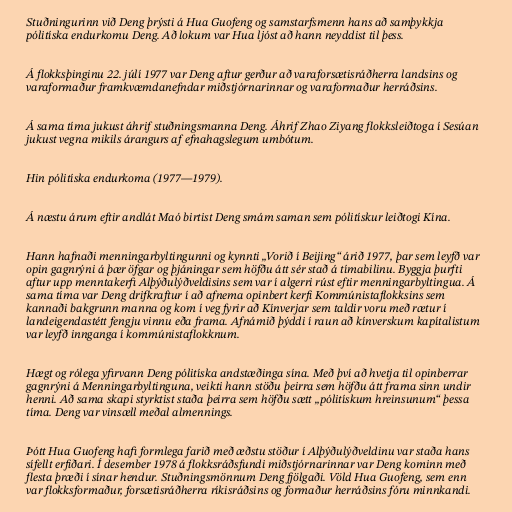
Stuðningurinn við Deng þrýsti á Hua Guofeng og samstarfsmenn hans að samþykkja
pólitíska endurkomu Deng. Að lokum var Hua ljóst að hann neyddist til þess.

Á flokksþinginu 22. júlí 1977 var Deng aftur gerður að varaforsætisráðherra landsins og
varaformaður framkvæmdanefndar miðstjórnarinnar og varaformaður herráðsins.

Á sama tíma jukust áhrif stuðningsmanna Deng. Áhrif Zhao Ziyang flokksleiðtoga í Sesúan
jukust vegna mikils árangurs af efnahagslegum umbótum.

Hin pólitíska endurkoma (1977―1979).

Á næstu árum eftir andlát Maó birtist Deng smám saman sem pólitískur leiðtogi Kína.

Hann hafnaði menningarbyltingunni og kynnti „Vorið í Beijing“ árið 1977, þar sem leyfð var
opin gagnrýni á þær öfgar og þjáningar sem höfðu átt sér stað á tímabilinu. Byggja þurfti
aftur upp menntakerfi Alþýðulýðveldisins sem var í algerri rúst eftir menningarbyltingua. Á
sama tíma var Deng drifkraftur í að afnema opinbert kerfi Kommúnistaflokksins sem
kannaði bakgrunn manna og kom í veg fyrir að Kínverjar sem taldir voru með rætur í
landeigendastétt fengju vinnu eða frama. Afnámið þýddi í raun að kínverskum kapítalistum
var leyfð innganga í kommúnistaflokknum.

Hægt og rólega yfirvann Deng pólitíska andstæðinga sína. Með því að hvetja til opinberrar
gagnrýni á Menningarbyltinguna, veikti hann stöðu þeirra sem höfðu átt frama sinn undir
henni. Að sama skapi styrktist staða þeirra sem höfðu sætt „pólitískum hreinsunum“ þessa
tíma. Deng var vinsæll meðal almennings.

Þótt Hua Guofeng hafi formlega farið með æðstu stöður í Alþýðulýðveldinu var staða hans
sífellt erfiðari. Í desember 1978 á flokksráðsfundi miðstjórnarinnar var Deng kominn með
flesta þræði í sínar hendur. Stuðningsmönnum Deng fjölgaði. Völd Hua Guofeng, sem enn
var flokksformaður, forsætisráðherra ríkisráðsins og formaður herráðsins fóru minnkandi.